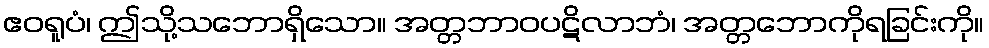
ဧဝရူပံ၊ ဤသို့သဘောရှိသော။ အတ္တဘာဝပဋိလာဘံ၊ အတ္တဘောကိုရခြင်းကို။